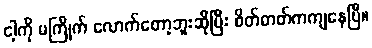
ငါ့ကို မကြိုက် လောက်တော့ဘူးဆိုပြီး စိတ်ဓာတ်ကကျနေပြီ။